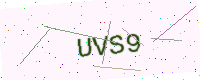
Text: UVS9